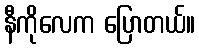
နီကိုလေက ပြောတယ်။